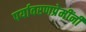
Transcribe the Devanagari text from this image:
पर्यावरणप्रेमींनी